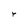
Character: r